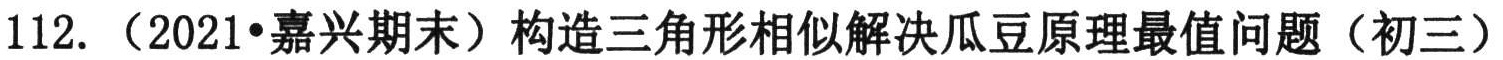
112.（2021•嘉兴期末）构造三角形相似解决瓜豆原理最值问题（初三）